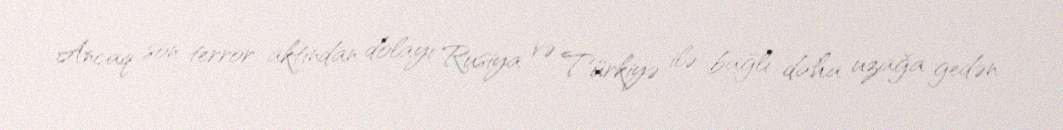
Ancaq son terror aktından dolayı Rusiya və Türkiyə ilə bağlı daha uzağa gedən